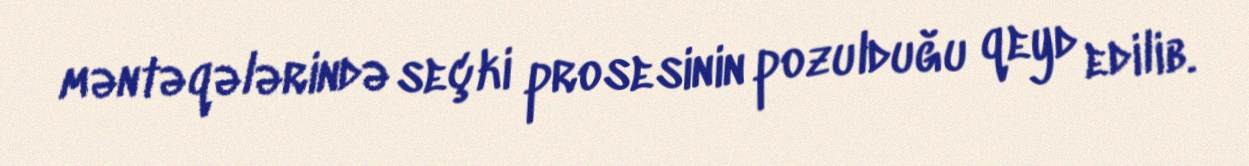
məntəqələrində seçki prosesinin pozulduğu qeyd edilib.